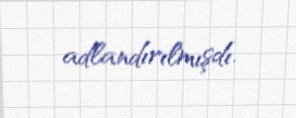
adlandırılmışdı.